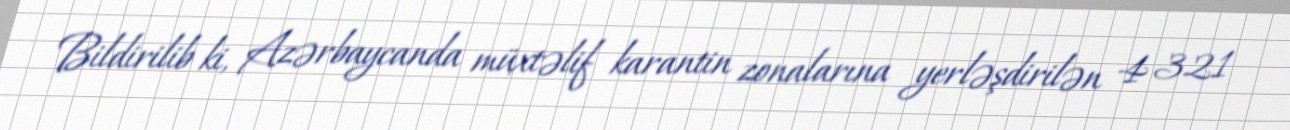
Bildirilib ki, Azərbaycanda müxtəlif karantin zonalarına yerləşdirilən 4 321